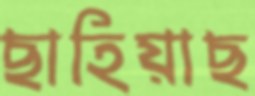
ছাহিয়াছ